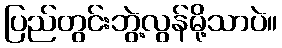
ပြည်တွင်းဘွဲ့လွန်မို့သာပဲ။